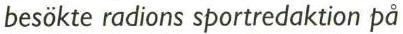
 besökte radions sportredaktion på